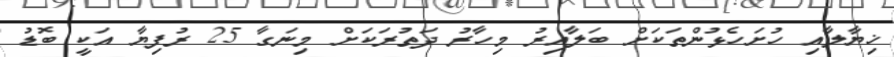
ޚިޔާލާއި ހުށަހެޅުންތަކަށް ބަލާއިރު މިހާރު ދަތުރަކަށް މިނަގާ 25 ރުފިޔާ އަކީ ބޮޑު